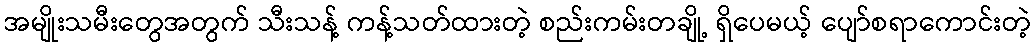
အမျိုးသမီးတွေအတွက် သီးသန့် ကန့်သတ်ထားတဲ့ စည်းကမ်းတချို့ ရှိပေမယ့် ပျော်စရာကောင်းတဲ့